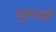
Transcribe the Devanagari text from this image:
गुजराठी